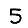
Digit: 5